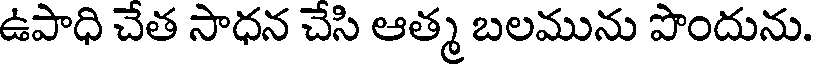
ఉపాధి చేత సాధన చేసి ఆత్మ బలమును పొందును.